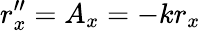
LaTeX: r_{x}^{\prime\prime}=A_{x}=-kr_{x}